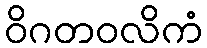
ဝိဂတဝလိကံ